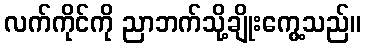
လက်ကိုင်ကို ညာဘက်သို့ချိုးကွေ့သည်။